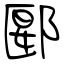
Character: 郾